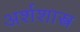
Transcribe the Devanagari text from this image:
अर्शशास्त्र